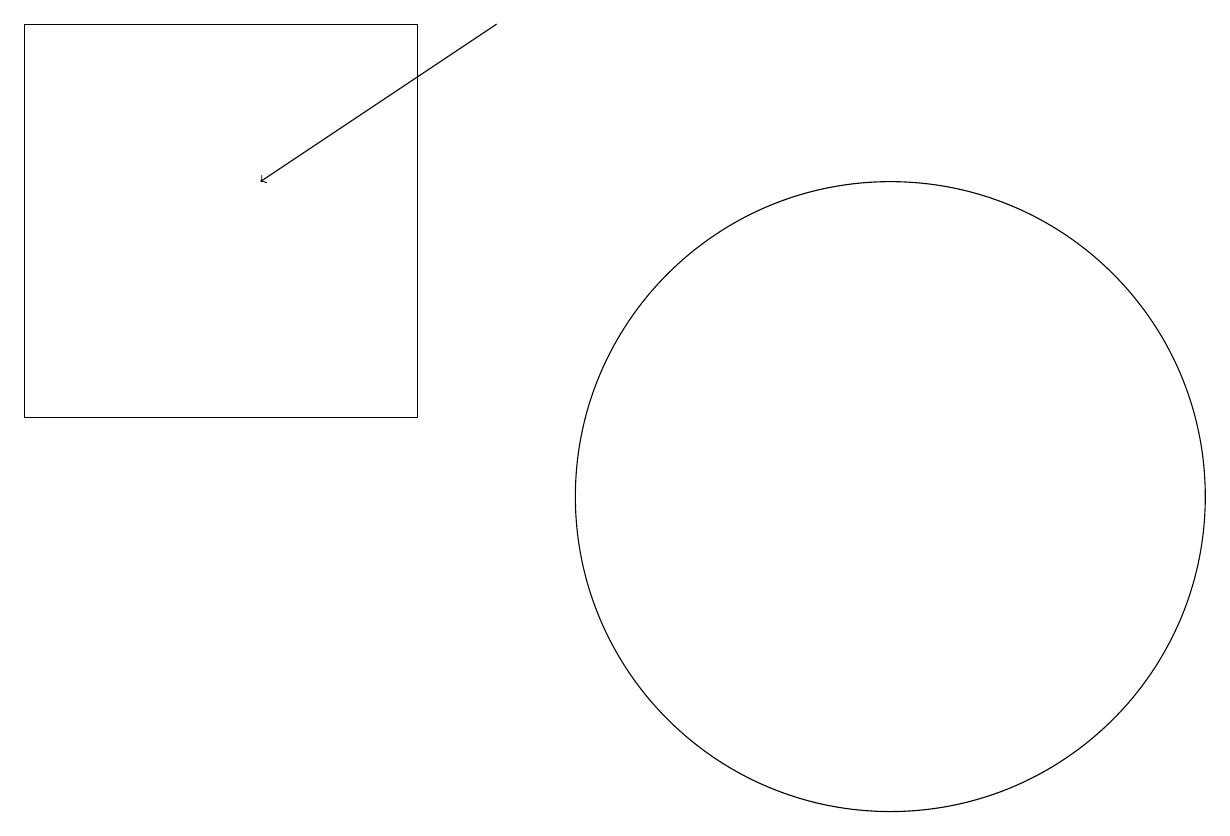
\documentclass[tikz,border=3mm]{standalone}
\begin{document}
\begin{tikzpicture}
\draw[->] (6,16) -- (3,14);
\draw (11,10) circle (4);
\draw (0,16) rectangle (5,11);
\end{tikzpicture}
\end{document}